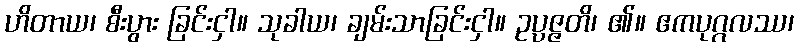
ဟိတာယ၊ စီးပွား ခြင်းငှါ။ သုခါယ၊ ချမ်းသာခြင်းငှါ။ ဥပ္ပဇ္ဇတိ၊ ၏။ ဧကပုဂ္ဂလဿ၊